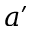
a \prime